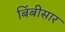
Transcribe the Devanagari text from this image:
बिंबीसार